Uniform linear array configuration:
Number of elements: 32
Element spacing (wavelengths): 0.5
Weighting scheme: uniform
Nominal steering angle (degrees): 60
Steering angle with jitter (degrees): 60.801
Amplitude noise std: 0.05
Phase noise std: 0.05

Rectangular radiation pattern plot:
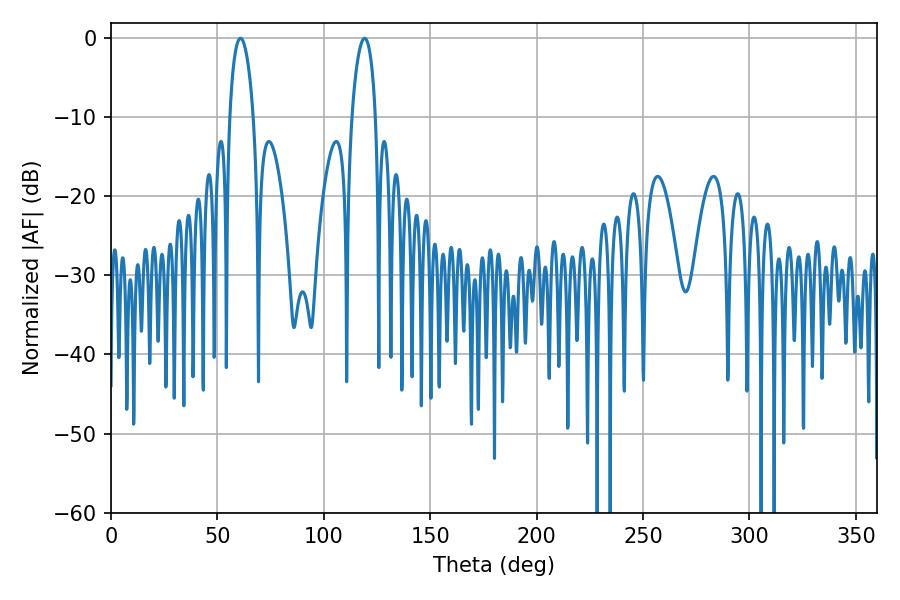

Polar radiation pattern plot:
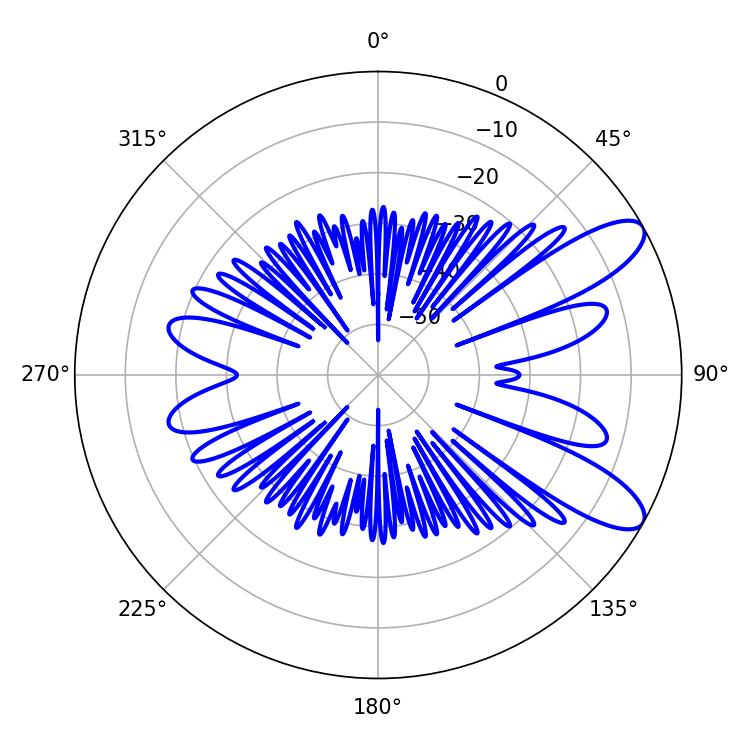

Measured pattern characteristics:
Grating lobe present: FALSE
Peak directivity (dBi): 9.726
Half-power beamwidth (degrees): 6.3
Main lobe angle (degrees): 60.84